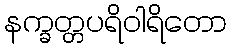
နက္ခတ္တပရိဝါရိတော